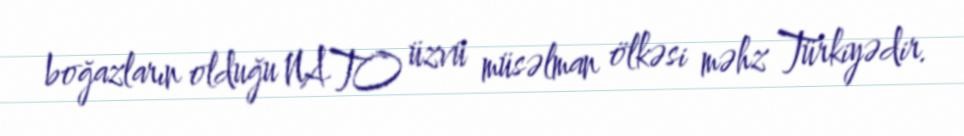
boğazların olduğu NATO üzvü müsəlman ölkəsi məhz Türkiyədir.